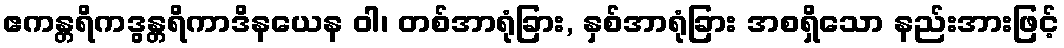
ဧကန္တရိကဒွန္တရိကာဒိနယေန ဝါ၊ တစ်အာရုံခြား, နှစ်အာရုံခြား အစရှိသော နည်းအားဖြင့်